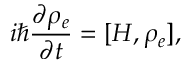
i \hbar \frac { \partial \rho _ { e } } { \partial t } = [ H , \rho _ { e } ] ,